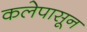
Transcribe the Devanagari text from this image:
कलेपासून